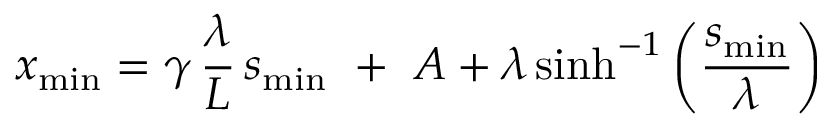
x _ { \mathrm { m i n } } = \gamma ~ \! \frac { \lambda } { L } ~ \! s _ { \mathrm { m i n } } ~ + ~ A + \lambda \sinh ^ { - 1 } \left( \frac { s _ { \mathrm { m i n } } } { \lambda } \right)